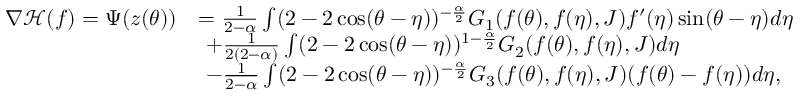
\begin{array} { r l } { \nabla \mathcal { H } ( f ) = \Psi ( z ( \theta ) ) } & { = \frac { 1 } { 2 - \alpha } \int ( 2 - 2 \cos ( \theta - \eta ) ) ^ { - \frac { \alpha } { 2 } } G _ { 1 } ( f ( \theta ) , f ( \eta ) , { J } ) f ^ { \prime } ( \eta ) \sin ( \theta - \eta ) d \eta } \\ & { \ + \frac { 1 } { 2 ( 2 - \alpha ) } \int ( 2 - 2 \cos ( \theta - \eta ) ) ^ { 1 - \frac { \alpha } { 2 } } G _ { 2 } ( f ( \theta ) , f ( \eta ) , { J } ) d \eta } \\ & { \ - \frac { 1 } { 2 - \alpha } \int ( 2 - 2 \cos ( \theta - \eta ) ) ^ { - \frac { \alpha } { 2 } } G _ { 3 } ( f ( \theta ) , f ( \eta ) , { J } ) ( f ( \theta ) - f ( \eta ) ) d \eta , } \end{array}